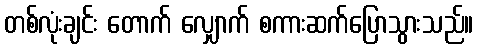
တစ်လုံးချင်း တောက် လျှောက် စကားဆက်ပြောသွားသည်။